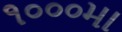
૧૦૦૦મા